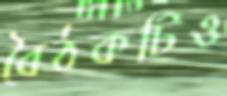
বৈঠকটিও